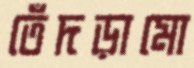
তেঁদড়ামো